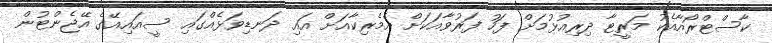
ކާސްޓްރޯއާއެކު މަރީޓާ ދިރިއުޅުމަށް ފަހު ފަރުވާއަކަށް އެމެރިކާއަށް އައި ދަނޑިވަޅެއްގައި ސީއައިއޭގެ އޭޖެންޓުން